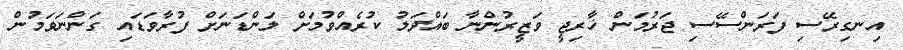
އިނގިރޭސި ފަރަންސޭސި ޖަރުމަން ޚާރިޖީ ވަޒީރުންނާ ބައްދަލު ކުރެއްވުމަށް ލަންޑަނަށް ފުރާވަޑައި ގަންނަވަމުން